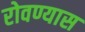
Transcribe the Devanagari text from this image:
रोवण्यास